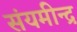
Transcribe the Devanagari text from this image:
संयमीन्द्र